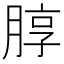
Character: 朜